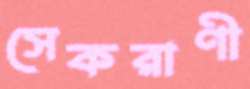
সেকরাণী